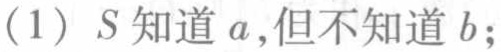
(1) \(S\) 知道 \(a\)，但不知道 \(b\)；